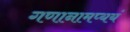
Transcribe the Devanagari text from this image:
गणानामप्ययं